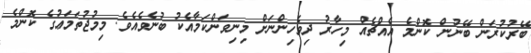
ބޭރުކުރަން ބޭނުން ކޮންމެ އެއްޗެއް މިހާރު ދިވެހިންނަށް މިނިވަންކަމާއެކު ބުނެވެއެވެ. މިމުޖުތަމަޢުގެ ކޮންމެ